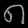
Digit: ၈